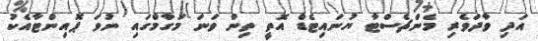
އަދި ވާދަވެރި މެންޗެސްޓާ ޔުނައިޓެޑް އޮތީ ތިން ވަނަ މަގާމްގައި ނުވަ ޕޮއިންޓާއެކު